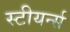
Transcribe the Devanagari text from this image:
स्टीयर्न्स